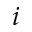
i